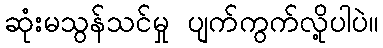
ဆုံးမသွန်သင်မှု ပျက်ကွက်လို့ပါပဲ။